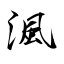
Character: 渢